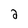
Character: 2